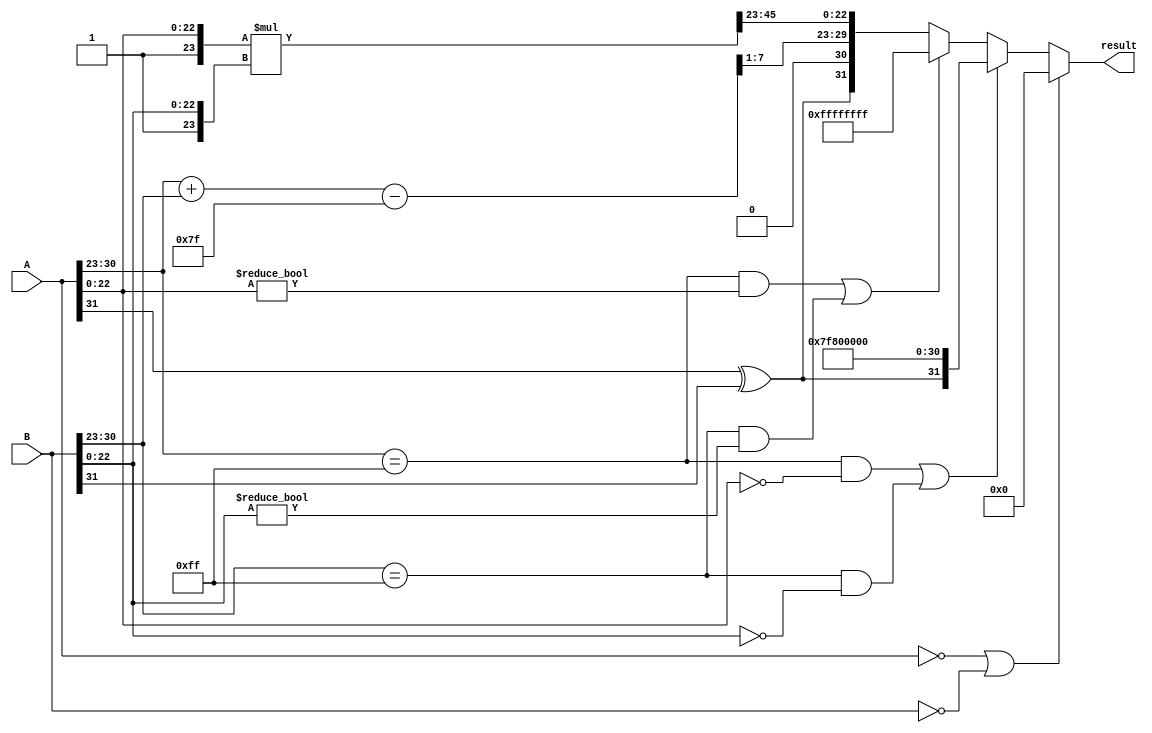
module floating_point_multiplier (
    input [31:0] A, // First floating-point input
    input [31:0] B, // Second floating-point input
    output reg [31:0] result // Resulting floating-point output
);

    // Constants
    parameter BIAS = 127;
    parameter EXPONENT_BITS = 8;
    parameter MANTISSA_BITS = 23;
    parameter TOTAL_BITS = 32;

    // Decompose inputs
    wire sign_A = A[31];
    wire sign_B = B[31];
    wire [EXPONENT_BITS-1:0] exp_A = A[30:23];
    wire [EXPONENT_BITS-1:0] exp_B = B[30:23];
    wire [MANTISSA_BITS-1:0] frac_A = A[22:0];
    wire [MANTISSA_BITS-1:0] frac_B = B[22:0];

    // Intermediate signals
    wire [MANTISSA_BITS*2:0] frac_result; // 46 bits for mantissa multiplication
    wire [EXPONENT_BITS-1:0] exp_result;
    wire sign_result;

    // Handle special cases
    wire is_zero_A = (A == 32'b0);
    wire is_zero_B = (B == 32'b0);
    wire is_inf_A = (exp_A == 8'b11111111) && (frac_A == 23'b0);
    wire is_inf_B = (exp_B == 8'b11111111) && (frac_B == 23'b0);
    wire is_nan_A = (exp_A == 8'b11111111) && (frac_A != 23'b0);
    wire is_nan_B = (exp_B == 8'b11111111) && (frac_B != 23'b0);

    // Calculate the sign of the result
    assign sign_result = sign_A ^ sign_B;

    // Calculate the exponent
    wire [EXPONENT_BITS:0] exp_sum = {1'b0, exp_A} + {1'b0, exp_B} - BIAS;
    assign exp_result = exp_sum[EXPONENT_BITS-1:1]; // Take the upper bits for exponent

    // Multiply mantissas (with implicit leading 1)
    assign frac_result = {1'b1, frac_A} * {1'b1, frac_B}; // 24 bits * 24 bits = 48 bits

    // Normalization
    reg [MANTISSA_BITS-1:0] normalized_frac;
    reg [EXPONENT_BITS-1:0] normalized_exp;
    reg [1:0] shift_count;

    always @(*) begin
        if (frac_result[47]) begin // If the result is greater than 1.0
            normalized_frac = frac_result[46:24]; // Shift right
            normalized_exp = exp_result + 1; // Increase exponent
        end else begin
            normalized_frac = frac_result[45:23]; // Keep as is
            normalized_exp = exp_result; // Keep exponent
        end
    end

    // Assemble the result
    always @(*) begin
        if (is_zero_A || is_zero_B) begin
            result = 32'b0; // Result is zero
        end else if (is_inf_A || is_inf_B) begin
            result = {sign_result, 8'b11111111, 23'b0}; // Result is infinity
        end else if (is_nan_A || is_nan_B) begin
            result = 32'b11111111111111111111111111111111; // Result is NaN
        end else begin
            result = {sign_result, normalized_exp, normalized_frac[MANTISSA_BITS-1:0]};
        end
    end

endmodule